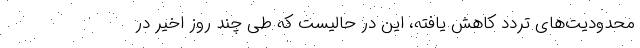
محدودیت‌های تردد کاهش یافته، این در حالیست که طی چند روز اخیر در